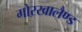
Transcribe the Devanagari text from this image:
गोरखालैण्ड